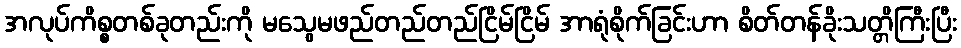
အလုပ်ကိစ္စတစ်ခုတည်းကို မသွေမဖည်တည်တည်ငြိမ်ငြိမ် အာရုံစိုက်ခြင်းဟာ စိတ်တန်ခိုးသတ္တိကြီးပြီး